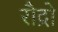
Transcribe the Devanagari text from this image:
रौद्रो